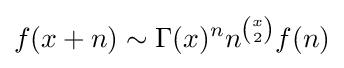
f(x+n)\sim \Gamma (x)^{n}n^{x \choose 2}f(n)